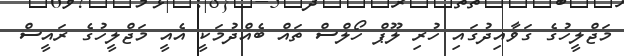
މަޖްލީހުގެ ގަވާއިދުގައި ހުރި ލޫޕް ހޯލްސް ތައް ބެއްދުމަކީ އެއީ މަޖްލީހުގެ ރައީސް